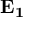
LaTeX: \mathbf { E _ { 1 } }